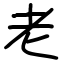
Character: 老